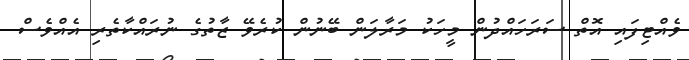
ވެއްޓިފައި އޮތް ސަރަހައްދުން މީހަކު މަރާލަން ބޭނުން ކުރެވޭ ޒާތުގެ ނުރައްކާތެރި އެއްވެސް